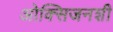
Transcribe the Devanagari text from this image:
ओक्सिजनशी